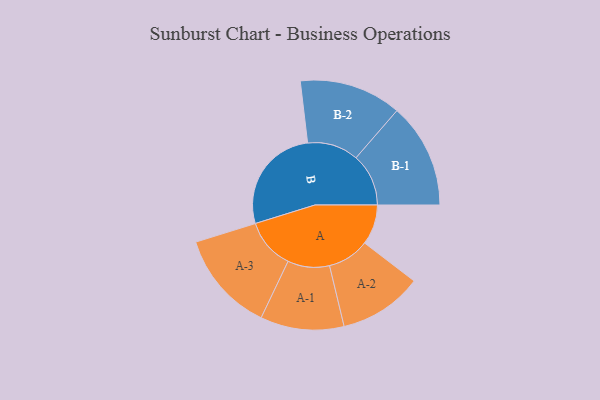
{"axis": {"x": "Segment", "y": "Value"}, "legend": ["", "A", "B"], "data": [{"x": "A", "y": 142, "type": ""}, {"x": "B", "y": 381, "type": ""}, {"x": "A-1", "y": 148, "type": "A"}, {"x": "A-2", "y": 148, "type": "A"}, {"x": "A-3", "y": 179, "type": "A"}, {"x": "B-1", "y": 186, "type": "B"}, {"x": "B-2", "y": 181, "type": "B"}]}